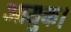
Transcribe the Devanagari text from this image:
आयुक्त।